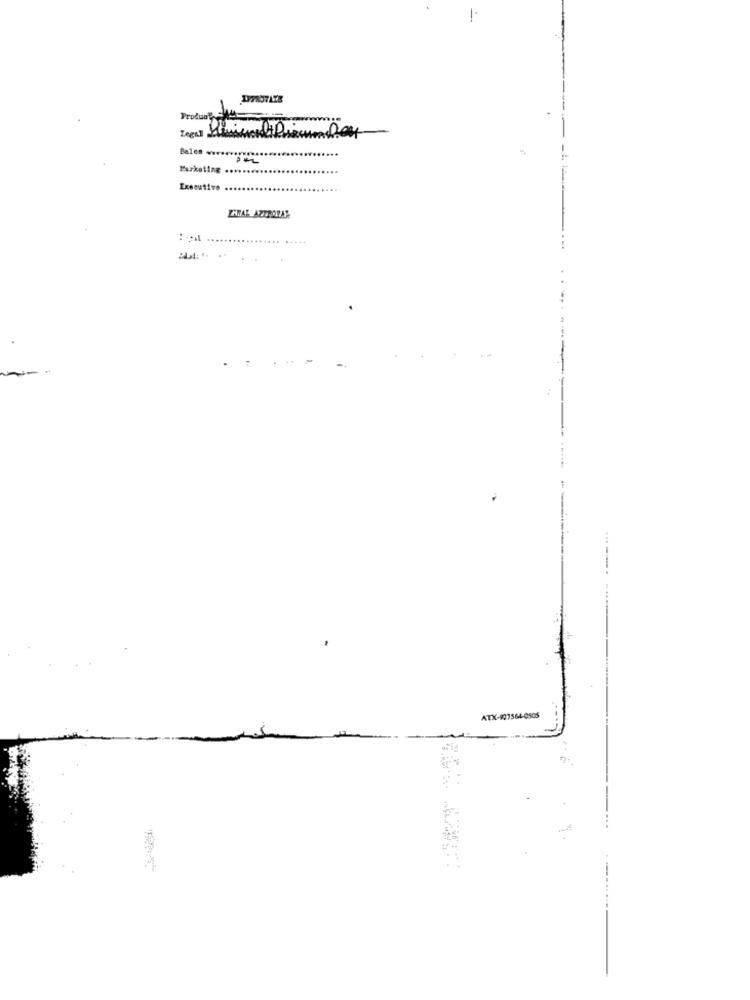
Product 444
Legal
Balen
Marketing ..
Executive
LAWAL AZTRAVAR
-
ATX-927564-0505